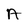
Character: A